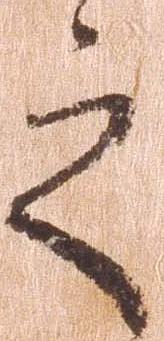
之